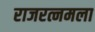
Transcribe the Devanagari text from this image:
राजरत्नमला